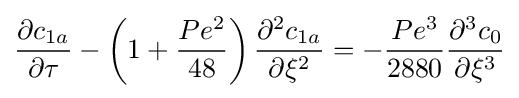
{\frac {\partial c_{1a}}{\partial \tau }}-\left(1+{\frac {Pe^{2}}{48}}\right){\frac {\partial ^{2}c_{1a}}{\partial \xi ^{2}}}=-{\frac {Pe^{3}}{2880}}{\frac {\partial ^{3}c_{0}}{\partial \xi ^{3}}}